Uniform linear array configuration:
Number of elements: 8
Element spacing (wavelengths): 0.25
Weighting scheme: kaiser
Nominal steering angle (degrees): -45
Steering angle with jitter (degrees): -45.338
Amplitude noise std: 0.05
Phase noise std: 0.05

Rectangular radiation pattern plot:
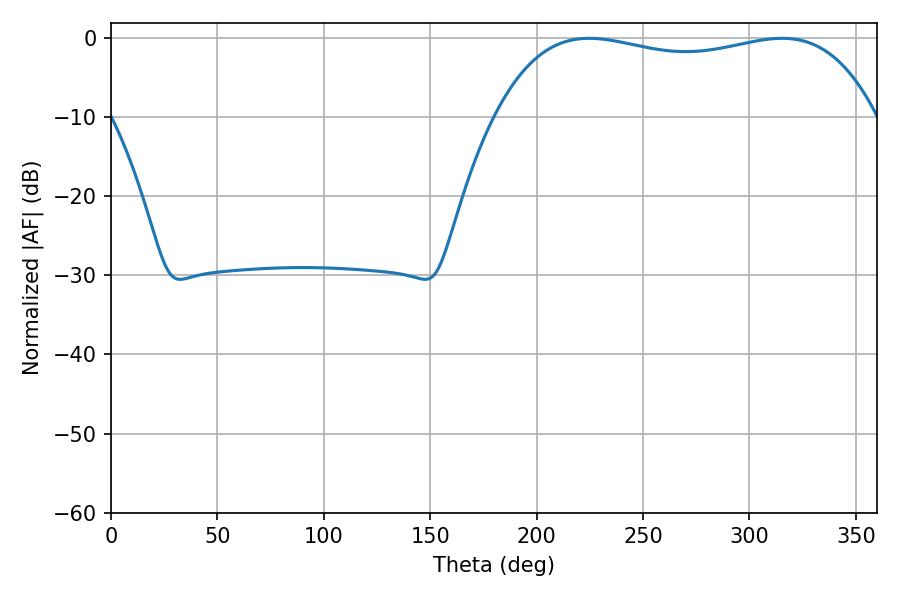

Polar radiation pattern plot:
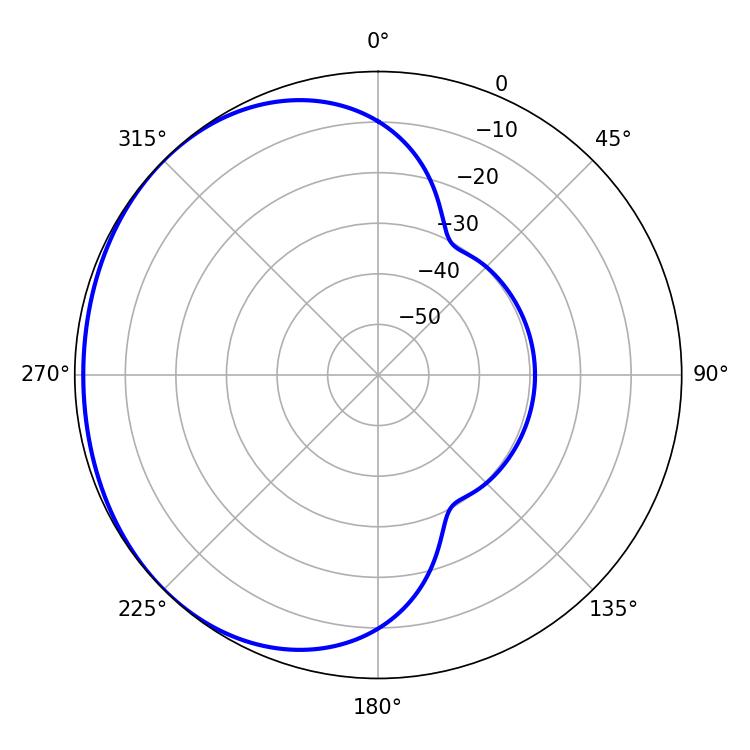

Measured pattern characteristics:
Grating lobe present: FALSE
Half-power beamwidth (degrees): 144.36
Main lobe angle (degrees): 224.64